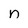
Character: n